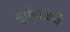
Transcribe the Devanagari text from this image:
सूर्यमाळचे